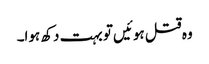
وہ قتل ہوئیں تو بہت دکھ ہوا۔